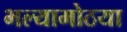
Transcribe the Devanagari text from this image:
भल्यामोठया